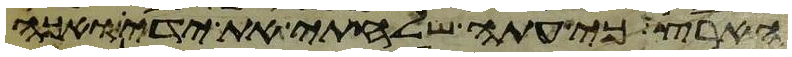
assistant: הארץ כי עתה שלחתי את ידי ואכה